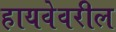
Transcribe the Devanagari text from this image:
हायवेवरील